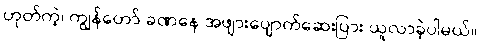
ဟုတ်ကဲ့၊ ကျွန်တော် ခဏနေ အဖျားပျောက်ဆေးပြား ယူလာခဲ့ပါမယ်။